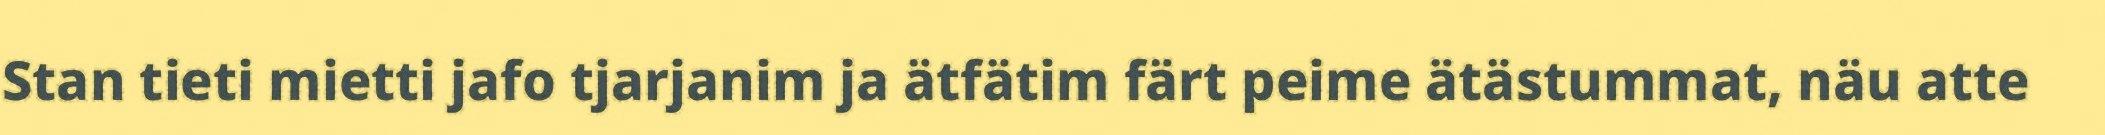
Stan tieti mietti jafo tjarjanim ja ätfätim färt peime ätästummat, näu atte